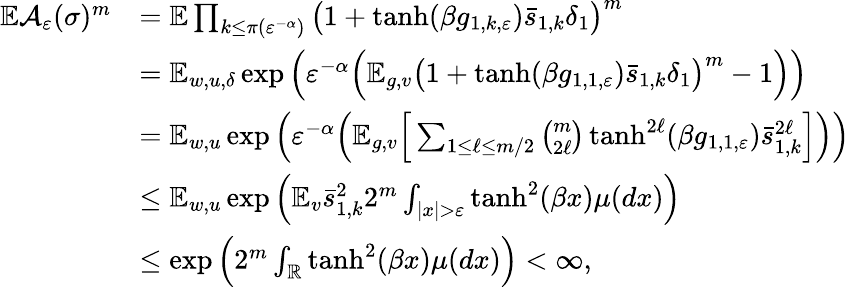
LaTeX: \begin{array}{rl}{\mathbb E\mathcal{A}_{\varepsilon}(\sigma)^{m}}&{=\mathbb E\prod_{k\le\pi(\varepsilon^{-\alpha})}\big(1+\operatorname{tanh}(\beta g_{1,k,\varepsilon})\bar{s}_{1,k}\delta_{1}\big)^{m}}\\ &{=\mathbb E_{w,u,\delta}\exp\Big(\varepsilon^{-\alpha}\Big(\mathbb E_{g,v}\big(1+\operatorname{tanh}(\beta g_{1,1,\varepsilon})\bar{s}_{1,k}\delta_{1}\big)^{m}-1\Big)\Big)}\\ &{=\mathbb E_{w,u}\exp\Big(\varepsilon^{-\alpha}\Big(\mathbb E_{g,v}\Big[\sum_{1\le\ell\le m/2}{\binom{m}{2\ell}}\operatorname{tanh}^{2\ell}(\beta g_{1,1,\varepsilon})\bar{s}_{1,k}^{2\ell}\Big]\Big)\Big)}\\ &{\le\mathbb E_{w,u}\exp\Big(\mathbb E_{v}\bar{s}_{1,k}^{2}2^{m}\int_{|x|>\varepsilon}\operatorname{tanh}^{2}(\beta x)\mu(dx)\Big)}\\ &{\le\exp\Big(2^{m}\int_{\mathbb{R}}\operatorname{tanh}^{2}(\beta x)\mu(dx)\Big)<\infty,}\end{array}